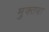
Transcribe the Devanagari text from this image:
मुक्तबा